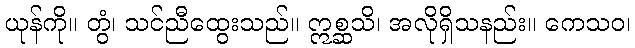
ယုန်ကို။ တွံ၊ သင်ညီထွေးသည်။ ဣစ္ဆသိ၊ အလိုရှိသနည်း။ ကေသဝ၊